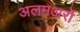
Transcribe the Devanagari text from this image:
अलमअर्रो